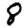
Digit: 8